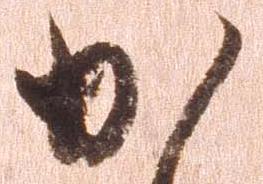
か